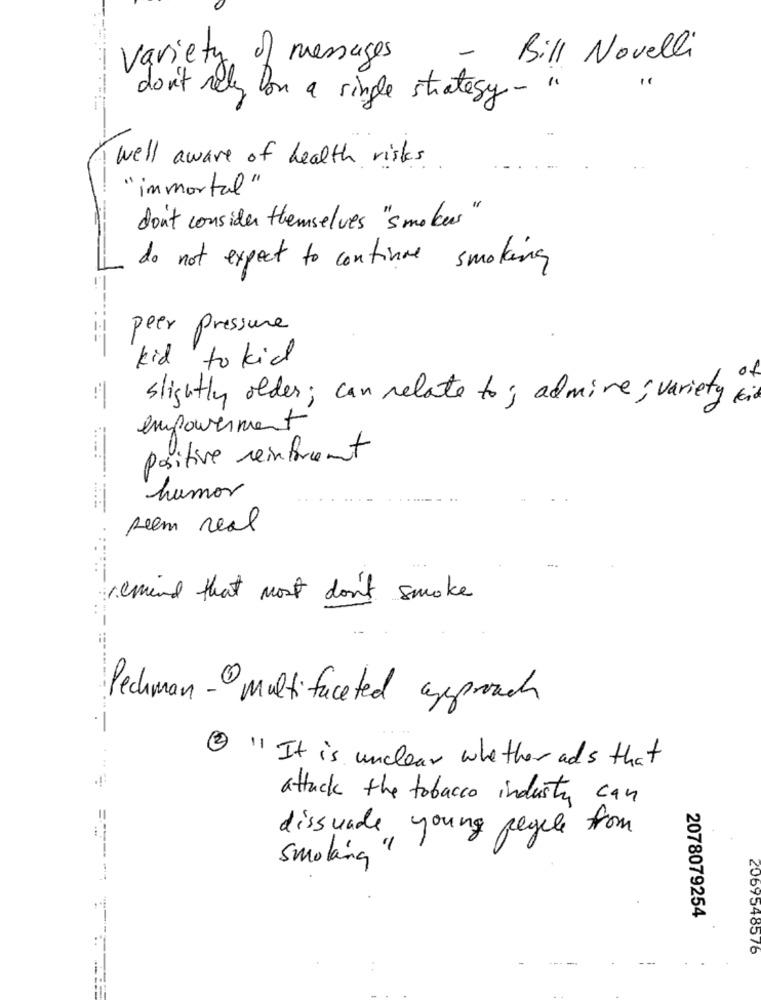
Variety of messages
- Bill Novelli
don't rely bon a single strategy - "
well aware of health risks
" immortal"
don't consider themselves "smokers"
do not expect to continue smoking
peer pressure
kid to kid
slightly older ; can relate to ; admire ; variety i
empowerment
positive reinforcement
humor
seem real
remind that most don't smoke
Pechman - multifaceted approach
2 " It is unclear whether ads that
attack the tobacco industry can
dissuade young pegele from
smoking "
2078079254
2069548576